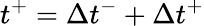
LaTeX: t^{+}=\Delta{t}^{-}+\Delta{t}^{+}